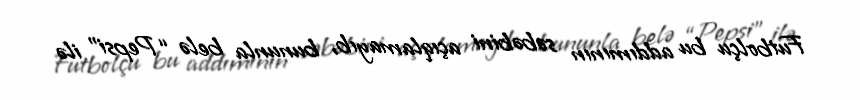
Futbolçu bu addımının səbəbini açıqlamayıb, bununla belə “Pepsi” ilə